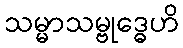
သမ္မာသမ္ဗုဒ္ဓေဟိ